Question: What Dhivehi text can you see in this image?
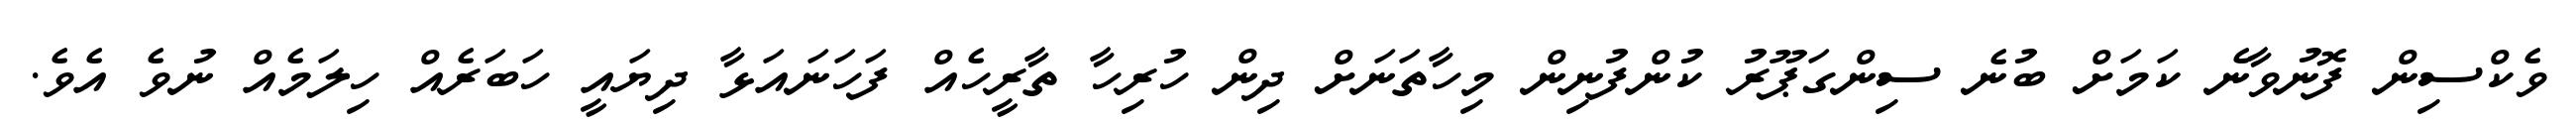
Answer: ވެކްސިން ފޮނުވާނެ ކަމަށް ބުނެ ސިންގަޕޫރު ކުންފުނިން މިހާތަނަށް ދިން ހުރިހާ ތާރީހެއް ފަހަނައަޅާ ދިޔައީ ހަބަރެއް ހިލަމެއް ނުވެ އެވެ.